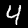
Label: 4